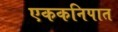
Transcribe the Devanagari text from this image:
एककनिपात